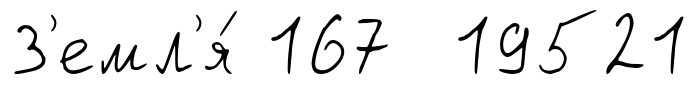
З'емл'я́ 167 19521